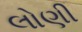
લોણી